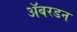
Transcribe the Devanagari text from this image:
ॲबरडन